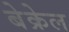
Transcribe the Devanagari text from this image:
बेक्रेल